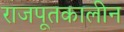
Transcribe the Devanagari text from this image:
राजपूतकालीन